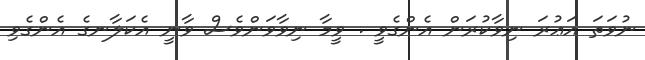
ނުވަތަ އަޢުރަ ނިވާކުރަން އެންގެވީ . ވީމާ ނިވާވަންވެސް ވާނީ އެކަލާނގެ އެންގެވި